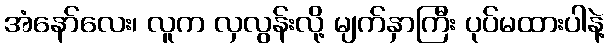
အံနော်လေး၊ လူက လှလွန်းလို့ မျက်နှာကြီး ပုပ်မထားပါနဲ့